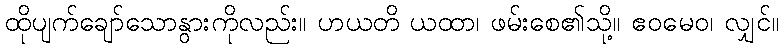
ထိုပျက်ချော်သောနွားကိုလည်း။ ဟယတိ ယထာ၊ ဖမ်းစေ၏သို့။ ဧဝမေဝ၊ လျှင်။